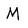
Character: M